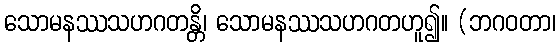
သောမနဿသဟဂတန္တိ၊ သောမနဿသဟဂတဟူ၍။ (ဘဂဝတာ၊